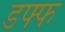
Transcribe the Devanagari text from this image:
डफ्फ